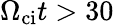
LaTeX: \Omega_{\mathrm{ci}}t>30